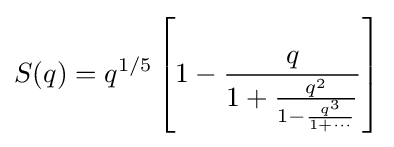
S(q)=q^{1/5}\left[1-{\frac {q}{1+{\frac {q^{2}}{1-{\frac {q^{3}}{1+\cdots }}}}}}\right]